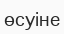
өсуіне